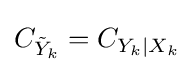
C_{{\tilde {Y}}_{k}}=C_{Y_{k}|X_{k}}